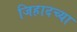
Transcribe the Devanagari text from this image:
जिहादच्या